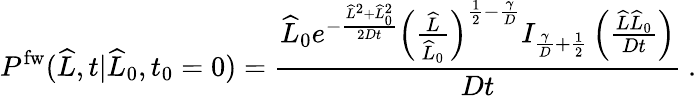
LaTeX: P^{\mathrm{fw}}(\widehat{L},t|\widehat{L}_{0},t_{0}=0)=\frac{\widehat{L}_{0}e^{-\frac{\widehat{L}^{2}+\widehat{L}_{0}^{2}}{2Dt}}\left(\frac{\widehat{L}}{\widehat{L}_{0}}\right)^{\frac{1}{2}-\frac{\gamma}{D}}I_{\frac{\gamma}{D}+\frac{1}{2}}\left(\frac{\widehat{L}\widehat{L}_{0}}{Dt}\right)}{Dt}\ .